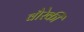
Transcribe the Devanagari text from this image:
वौरेकी